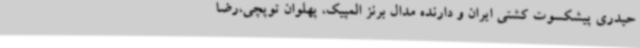
حیدری پیشکسوت کشتی ایران و دارنده مدال برنز المپیک، پهلوان توپچی،رضا